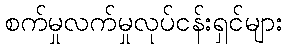
စက်မှုလက်မှုလုပ်ငန်းရှင်များ